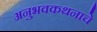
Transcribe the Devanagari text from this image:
अनुभवकथनाचे